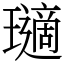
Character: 瓋